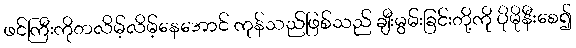
ဖင်ကြီးကိုတလိမ့်လိမ့်နေအောင် ကုန်သည်ဖြစ်သည် ချီးမွမ်းခြင်းတို့ကို ပိုမိုနီးစေ၍